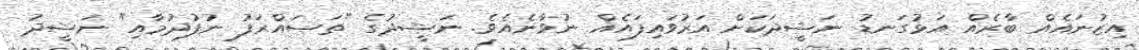
އިޒުނައެއް ބާރެއް އަޅުގަނޑު ނަޝީދަކަށް އަރުވައިފައެއް ނުވާނެއެވެ. ނަޝީދުގެ "ތަޞައްރަފު ނުފުދުމާއި" ނަޝީދު